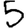
Digit: 5